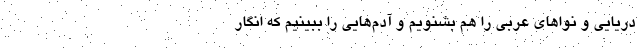
دریایی و نوا‌های عربی را هم بشنویم و آدم‌هایی را ببینیم که انگار